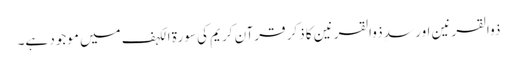
ذوالقرنین اور سدِ ذوالقرنین کا ذکر قرآن کریم کی سورة الکہف میں موجود ہے۔